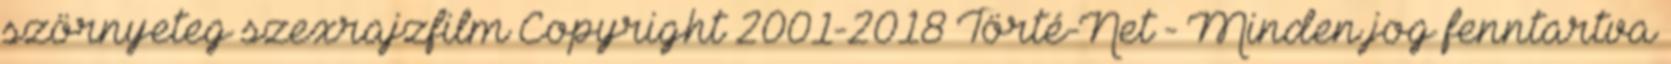
szörnyeteg szexrajzfilm Copyright 2001-2018 Törté-Net - Minden jog fenntartva